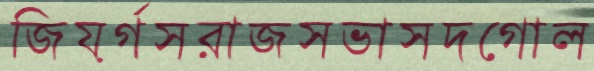
জিয়র্গসরাজসভাসদগোল